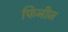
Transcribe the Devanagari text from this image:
फिनीज